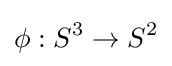
\phi :S^{3}\to S^{2}